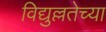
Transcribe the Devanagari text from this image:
विद्युल्लतेच्या